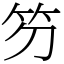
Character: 䇖